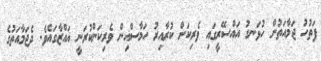
ފަތުހު ޖަމާއަތުން ހުޅަނގު އައްސޭރީގައި ވެރިކަން ކުރާއިރު ހަމާސްއިން ވެރިކަންކުރަނީ ޣައްޒާގައެވެ. ދެޖަމާއަތުގެ